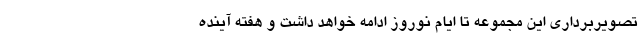
تصویربرداری این مجموعه تا ایام نوروز ادامه خواهد داشت و هفته آینده